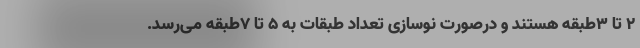
۲ تا ۳طبقه هستند و درصورت نوسازی تعداد طبقات به ۵ تا ۷طبقه می‌رسد.